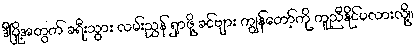
ဒီမြို့အတွက် ခရီးသွား လမ်းညွှန် ရှာဖို့ ခင်ဗျား ကျွန်တော့်ကို ကူညီနိုင်မလားလို့။